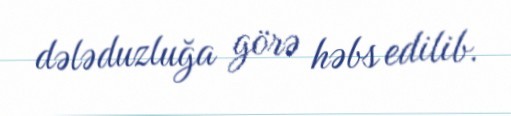
dələduzluğa görə həbs edilib.